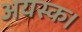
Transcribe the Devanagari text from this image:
अयस्क।